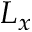
L _ { x }